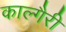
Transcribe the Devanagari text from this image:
काल्गैरी